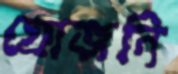
গ্রোজনি